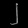
Digit: ၂